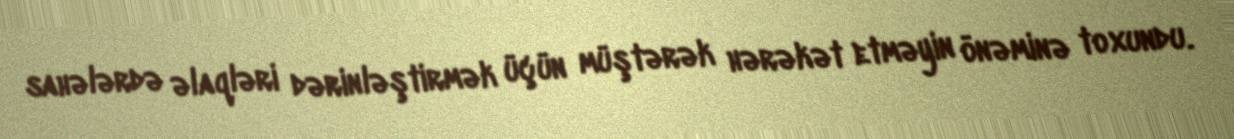
sahələrdə əlaqləri dərinləştirmək üçün müştərək hərəkət etməyin önəminə toxundu.